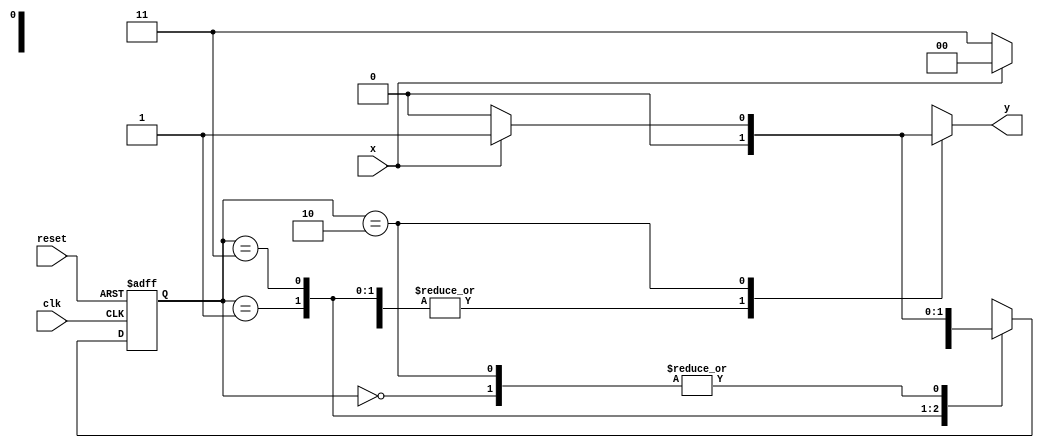
 // ------------------------- 
// Mealy FSM 1001
// Nome: Lucas Cardoso 
// ------------------------- 
// ------------------------- 

/* 

Mealy FSM Diagram 

__________________ 
/ \ 
1 v 1 0 1 | // found 
[start] ---> [id1] ---> [id11] ---> [id110] 
^ \0 0 | 1 / ^ 0 | // not found 
\_/ / \__/ | 
\_______/ / 
\ / 
\______________________/ 
*/ 


// constant definitions 
`define found 1 
`define notfound 0 

// FSM by Mealy 
module mealy1001 ( y, x, clk, reset ); 
output y; 
input x; 
input clk; 
input reset; 
reg y; 
// ------------------------- definir dados 
parameter // state identifiers 
start = 2'b00, 
id1 = 2'b01, 
id11 = 2'b11, 
id110 = 2'b10; 

reg [1:0] E1; // current state variables 
reg [1:0] E2; // next state logic output 

// ------------------------- parte principal 
// next state logic 
always @( x or E1 ) 
begin 

y = `notfound; 
case ( E1 ) 
start: 
if ( x ) 
E2 = id1; 
else 
E2 = start; 
id1: 
if ( x ) 
E2 = start; 
else 
E2 = id11; 
id11: 
if ( x ) 
E2 = id11; 
else 
E2 = id110; 
id110: 
if ( x ) 
begin 
E2 = id1; 
y = `found; 

end 
else 
begin 

E2 = start; 
y = `notfound; 

end 
default: // undefined state 
E2 = 2'bxx; 
endcase 

end // always at signal or state changing 

// state variables 
always @( posedge clk or negedge reset ) 
begin 

if ( reset ) 
E1 = E2; // updates current state 
else 
E1 = 0; // reset 
end // always at signal changing 

endmodule // mealy1001